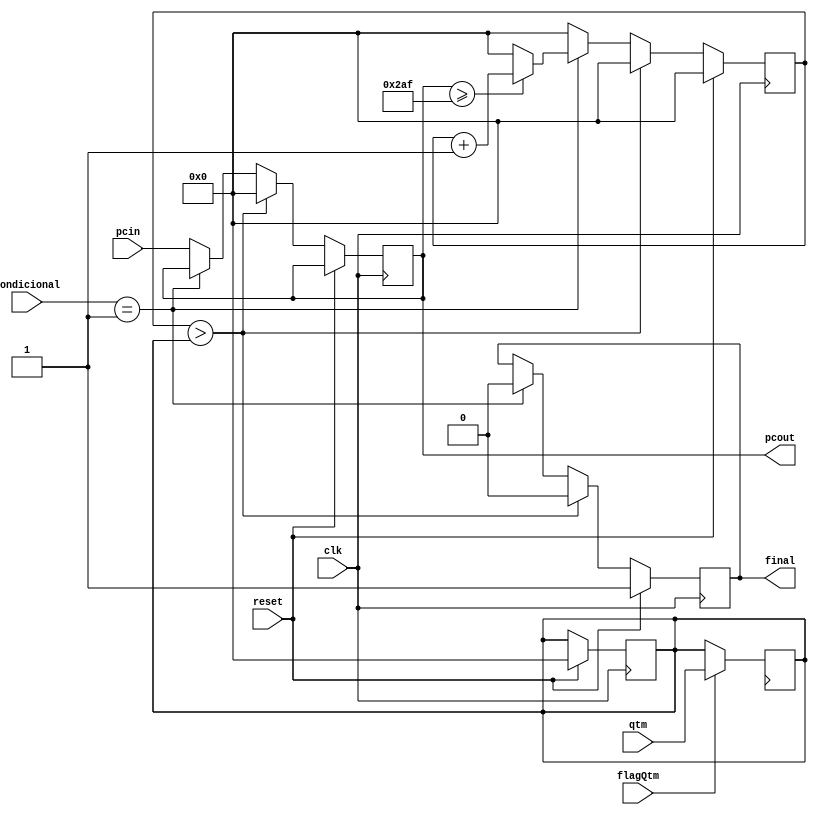
module PC (clk, pcin, pcout, reset, condicional, qtm, flagQtm, final);

input clk, reset, flagQtm;
input [2:0] condicional; //01 é de jump
input [31:0] qtm;
input [31:0] pcin;
output reg [31:0] pcout;
output reg final;

reg [31:0] qAtual;
reg [31:0] limiteQ;

initial
begin //para que pc começe em 0, onde estará a primeira instrução
	pcout = 32'b0;
	qAtual = 32'b0;
	limiteQ = 32'b0;
	final = 0;
end

always @(posedge clock)
begin
    if (flagQtm == 1) // se haverá uso do quantum
	begin
        limiteQ = qtm;
    end
end

always@(posedge clk)
begin
	if(reset == 1) // halt
	begin
		pcout = pcout;
		qAtual = 32'b0;
		limiteQ = 32'b0;
		final = 1; // manda quando o programa acaba
	end

	else if(qAtual > limiteQ) // estouro de Quantum
	begin
		final = 0;
		qAtual = 32'b0; // zera o quantum
		pcout = 32'b0; // volta pra posição 0, ou seja, pro SO
	end

	// tratando o jump
	else if(condicional == 2'b01)
	begin
		if (pcout >= 687) // não é SO
		begin
			final = 0;
            qAtual = qAtual + 1; // incrementa o quantum
        end
		else
		begin
			final = 0;
            qAtual = 32'b0; // se tá no SO não aumenta o quantum
        end
	end

	else
	begin
		qAtual = 32'b0;
		pcout = pcin;
	end
end

endmodule